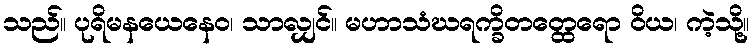
သည်။ ပုရိမနယေနေဝ၊ သာလျှင်။ မဟာသံဃရက္ခိတတ္ထေရော ဝိယ၊ ကဲ့သို့။